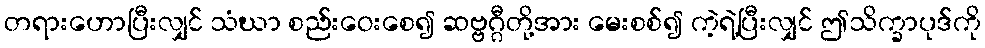
တရားဟောပြီးလျှင် သံဃာ စည်းဝေးစေ၍ ဆဗ္ဗဂ္ဂီတို့အား မေးစစ်၍ ကဲ့ရဲ့ပြီးလျှင် ဤသိက္ခာပုဒ်ကို